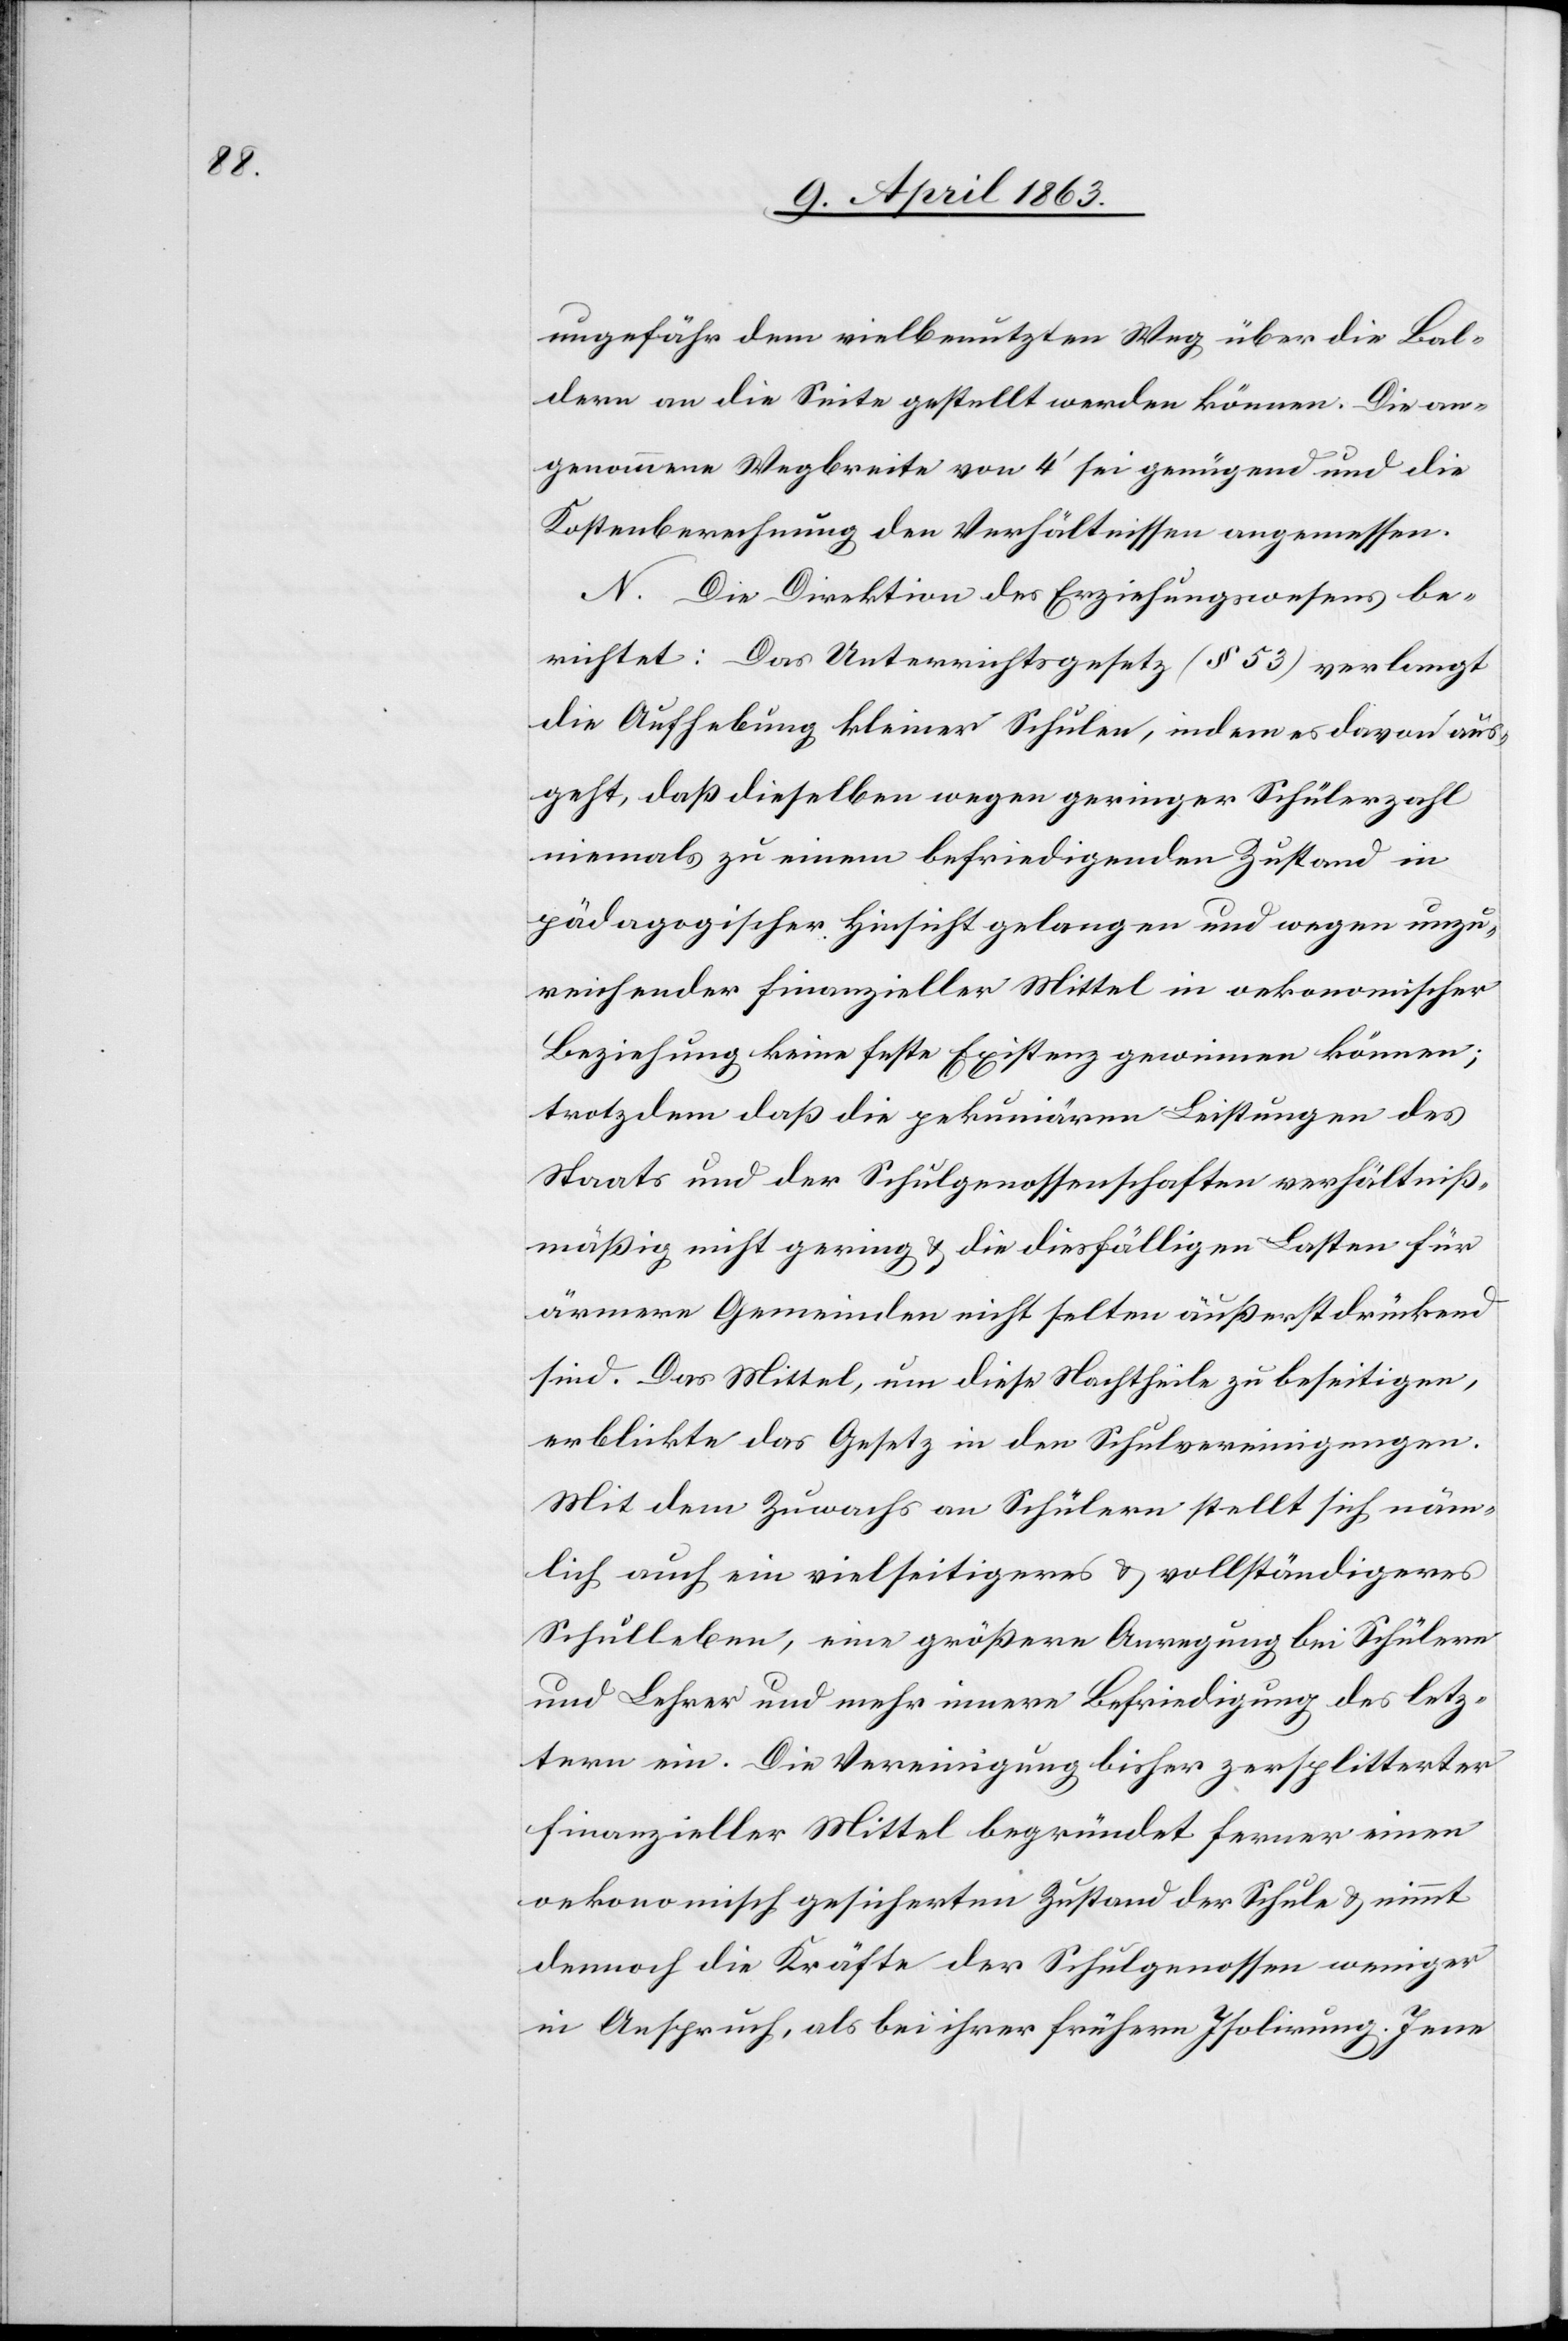
ungefähr dem vielbenutzten Weg über die Bal¬
dern an die Seite gestellt werden können. Die an¬
genommene Wegbreite von 4' sei genügend und die
Kostenberechnung den Verhältnissen angemessen.
N. Die Direktion des Erziehungswesens be¬
richtet: Das Unterrichtsgesetz (§ 53) verlangt
die Aufhebung kleiner Schulen, indem es davon aus¬
geht, das dieselben wegen geringer Schülerzahl
niemals zu einem befriedigenden Zustand in
pädagogischer Hinsicht gelangen und wegen unzu¬
reichender finanzieller Mittel in oekonomischer
Beziehung keine feste Existenz gewinnen können;
trotzdem daß die pekuniären Leistungen des
Staats und der Schulgenossenschaften verhältniß¬
mäßig nicht gering & die diesfälligen Lasten für
ärmere Gemeinden nicht selten äußerst drückend
sind. Das Mittel, um diese Nachtheile zu beseitigen,
erblickte das Gesetz in den Schulvereinigungen.
Mit dem Zuwachs an Schülern stellt sich näm¬
lich auch ein vielseitigeres & vollständigeres
Schulleben, eine größere Anregung bei Schülern
und Lehrer und mehr innere Befriedigung des letz¬
tern ein. Die Vereinigung bisher zersplitterter
finanzieller Mittel begründet ferner einen
oekonomisch gesicherten Zustand der Schule & nimmt
dennoch die Kräfte der Schulgenossen weniger
in Anspruch, als bei ihrer frühern Isolirung. Jene